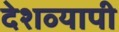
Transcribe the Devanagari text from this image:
देशव्‍यापी